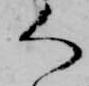
く